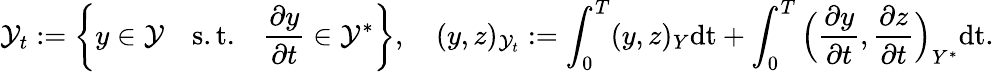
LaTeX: \mathcal{Y}_{t}:=\left\{ y\in\mathcal{Y}\quad\mathrm{s.t.}\quad\frac{\partial y}{\partial t}\in\mathcal{Y}^{*}\right\} ,\quad\displaystyle(y,z)_{\mathcal{Y}_{t}}:=\int_{0}^{T}(y,z)_{Y}\mathrm{dt}+\int_{0}^{T}\Big(\frac{\partial y}{\partial t},\frac{\partial z}{\partial t}\Big)_{Y^{*}}\mathrm{dt}.